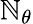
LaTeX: \mathbb{N}_{\theta}